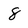
Character: 8